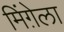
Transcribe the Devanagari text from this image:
मिंग़ेला